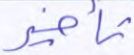
تأخير